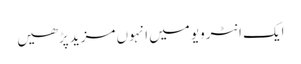
ایک انٹرویو میں انہوں مزید پڑھیں